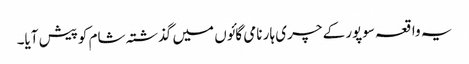
یہ واقعہ سوپور کے چری ہار نامی گائوں میں گذشتہ شام کوپیش آیا۔